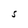
Character: S